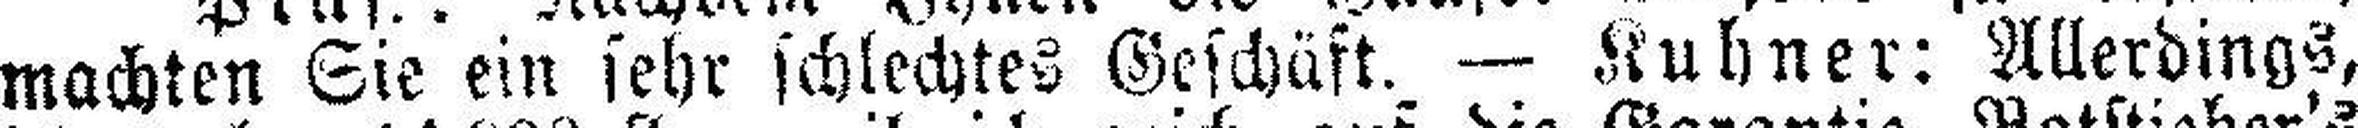
machten Sie ein sehr schlechtes Geschäft. — Kuhner: Allerdings,